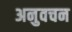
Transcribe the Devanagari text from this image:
अनुवचन